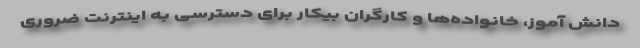
دانش آموز، خانواده‌ها و کارگران بیکار برای دسترسی به اینترنت ضروری